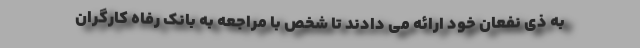
به ذی نفعان خود ارائه می دادند تا شخص با مراجعه به بانک رفاه کارگران